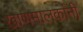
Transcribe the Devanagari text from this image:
खाणमालकांनी